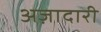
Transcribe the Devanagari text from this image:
अज़ादारी